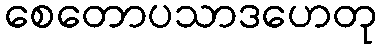
စေတောပသာဒဟေတု